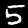
Digit: 5